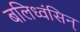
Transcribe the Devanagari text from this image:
बलिध्वंसिन्